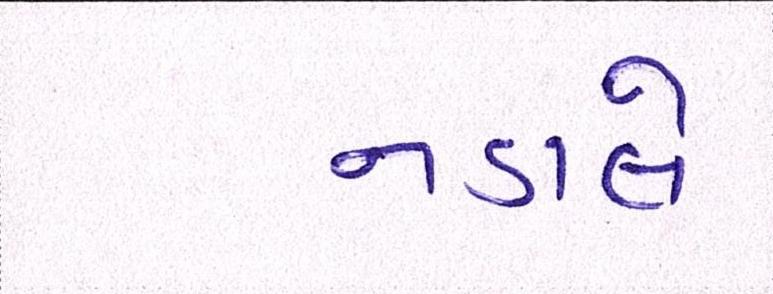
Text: નડાલે